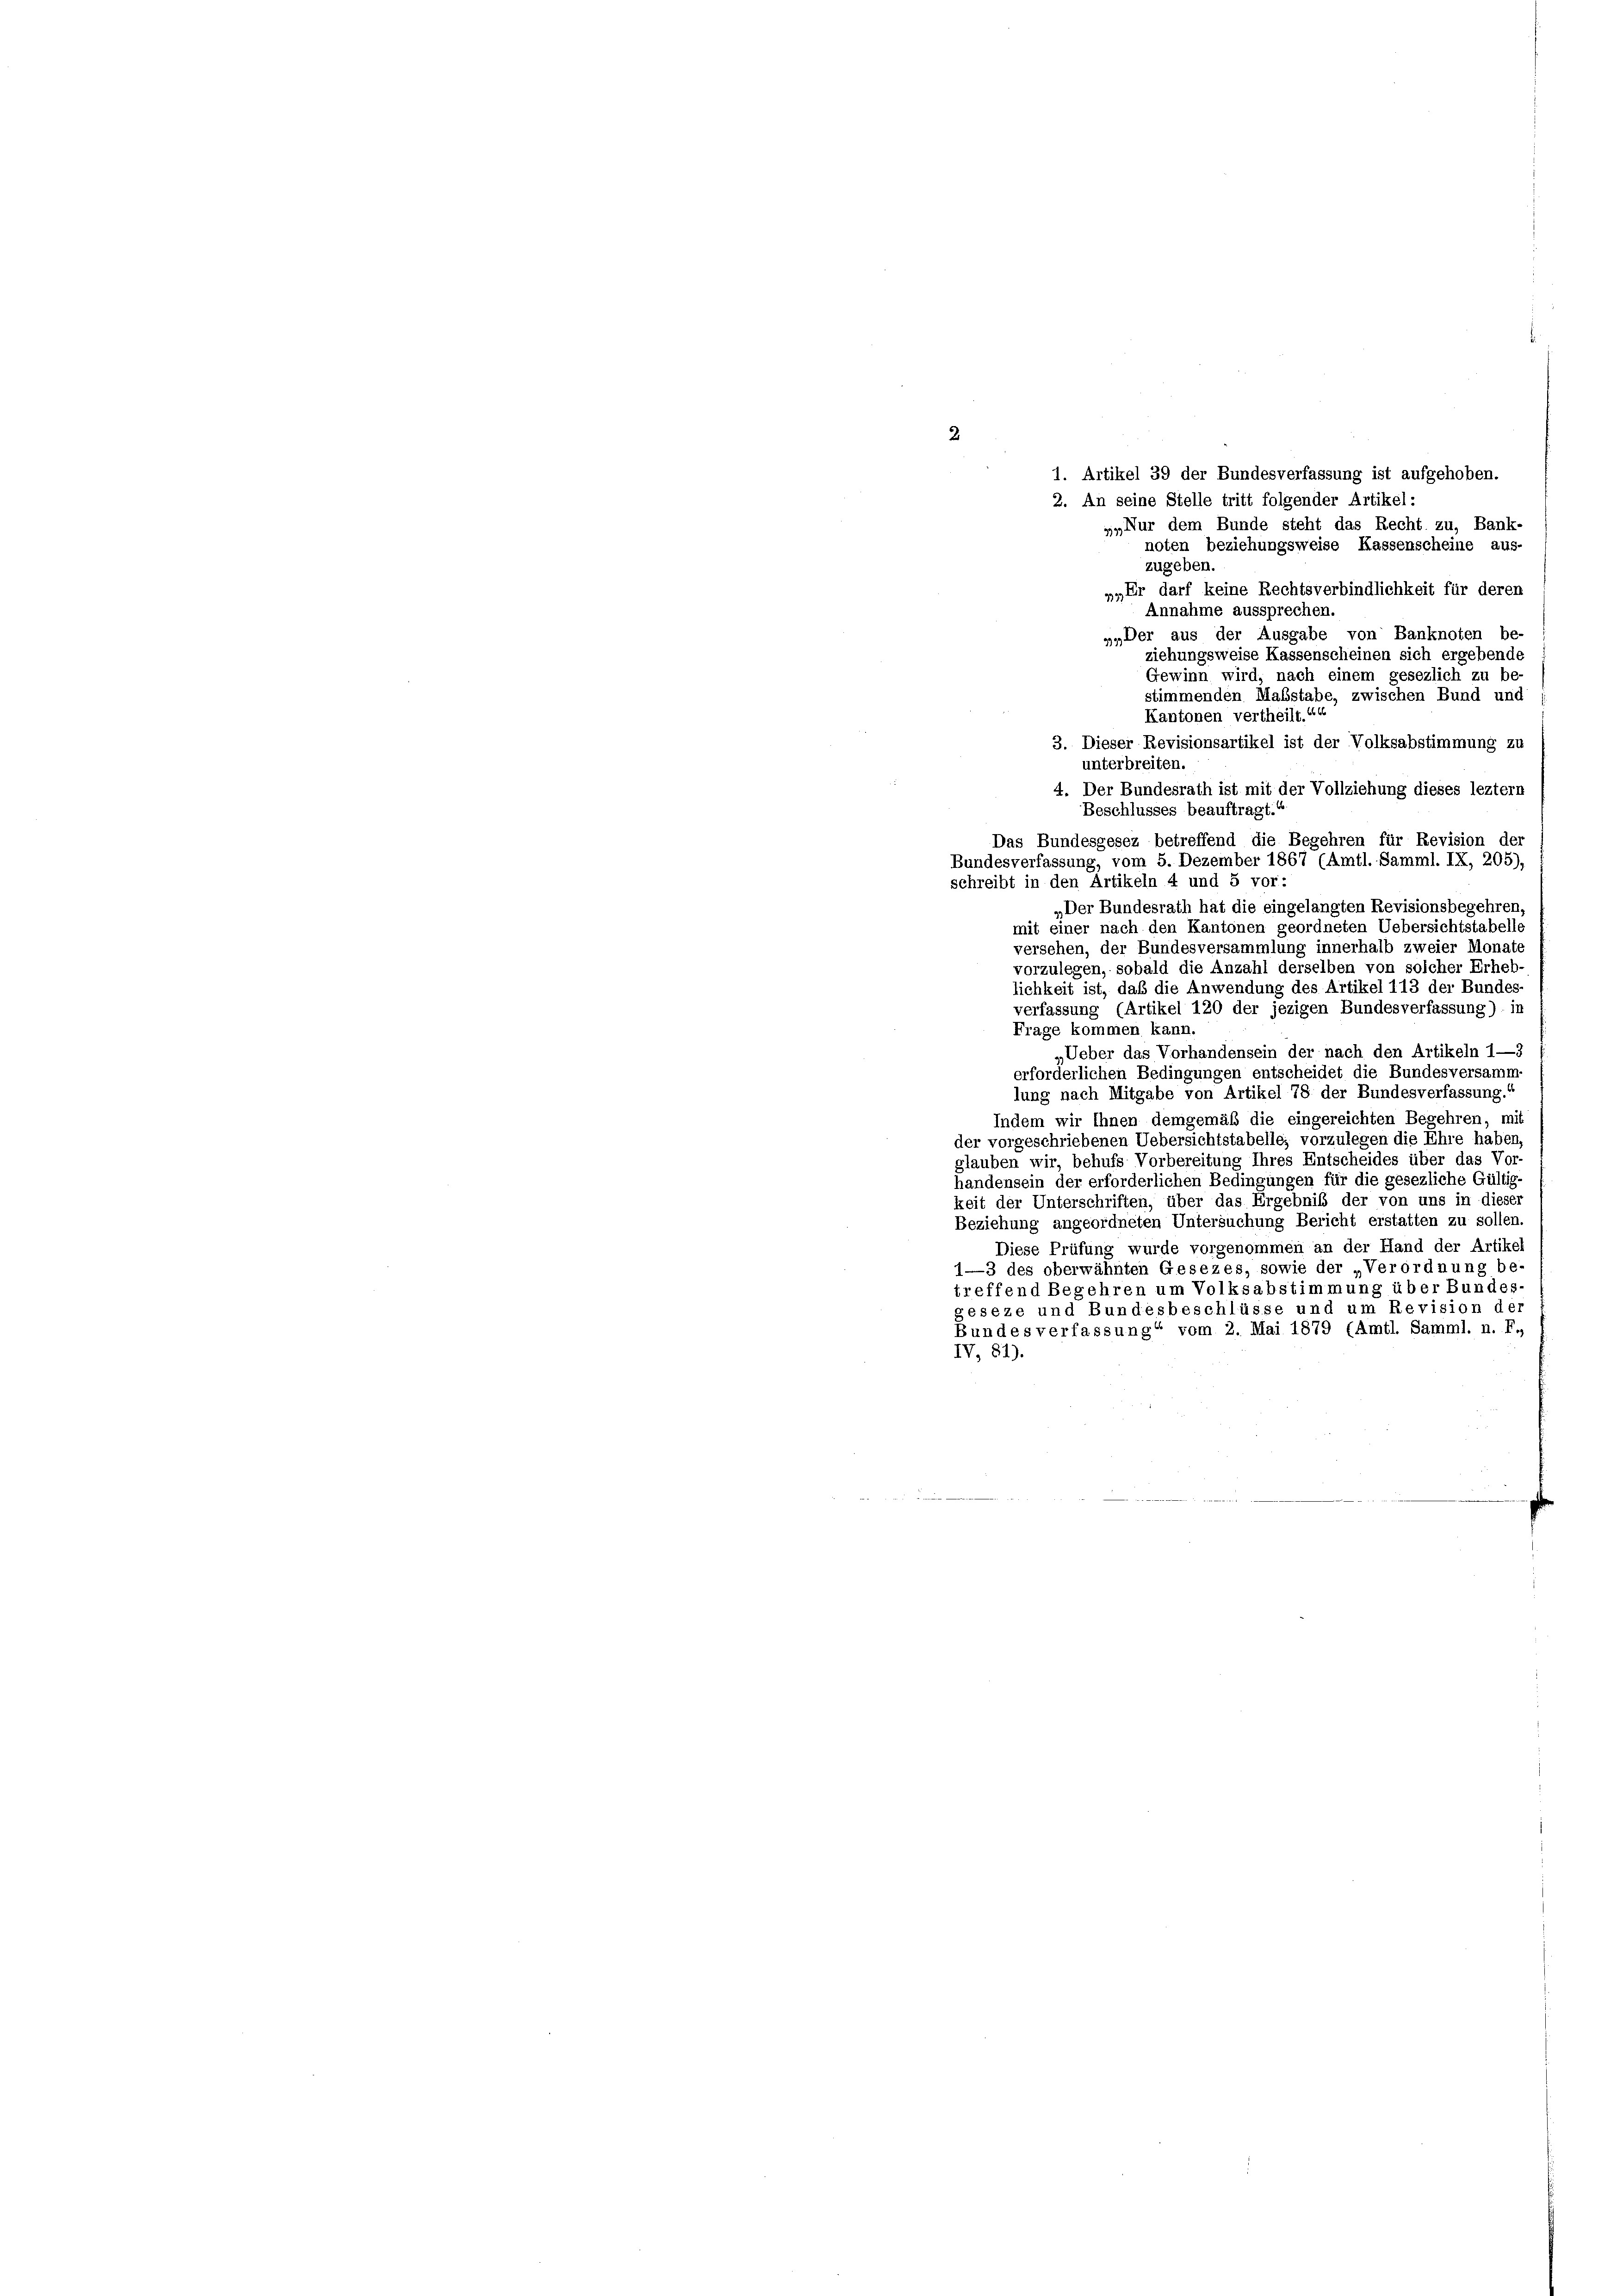
2
1. Artikel 39 der Bundesverfassung ist aufgehoben.
2. An seine Stelle tritt folgender Artikel:
„Nur dem Bunde steht das Recht zu, Bank-
noten beziehungsweise Kassenscheine aus-
zugeben
». Er darf keine Rechtsverbindlichkeit für deren
Annahme aussprechen.
».Der aus der Ausgabe von Banknoten be-
ziehungsweise Kassenscheinen sich ergebende
Gewinn wird, nach einem gesezlich zu be-
stimmenden Malsstabe, zwischen Bund und
Kantonen vertheilt.“
3. Dieser Revisionsartikel ist der Volksabstimmung zu
unterbreiten.
4. Der Bundesrath ist mit der Vollziehung dieses leztem
Beschlusses beauftragt.“
Das Bundesgesez betreffend die Begehren für Revision der
Bundesverfassung, vom 5. Dezember 1867 (Amtl. Samml. IX, 205),
schreibt in den Artikeln 4 und 5 vor:
„Der Bundesrath hat die eingelangten Revisionsbegehren,
mit einer nach den Kantonen geordneten Uebersichtstabelle
versehen, der Bundesversammlung innerhalb zweier Monate
vorzulegen, sobald die Anzahl derselben von solcher Erheb-
lichkeit ist, das die Anwendung des Artikel 113 der Bundes-
verfassung (Artikel 120 der jezigen Bundesverfassung) in
Frage kommen kann,
„Ueber das Vorhandensein der nach den Artikeln 1—3
erforderlichen Bedingungen entscheidet die Bundesversamm
lung nach Mitgabe von Artikel 78 der Bundesverfassung.“
Indem wir Ihnen demgemäß die eingereichten Begehren, mit
der vorgeschriebenen Uebersichtstabelle; vorzulegen die Ehre haben
glauben wir, behufs Vorbereitung Ihres Entscheides über das Vor-
handensein der erforderlichen Bedingungen für die gesezliche Gültig-
keit der Unterschriften, über das Ergebniß der von uns in dieser
Beziehung angeordneten Untersuchung Bericht erstatten zu sollen.
Diese Prüfung wurde vorgenommen an der Hand der Artikel
1—3 des oberwähnten Gesezes, sowie der „Verordnung be-
treffend Begehren um Volksabstimmung über Bundes-
geseze und Bundesbeschlüsse und um Revision der
Bundesverfassung“ vom 2. Mai 1879 (Amtl. Samml. n. F.,
IV, 81).